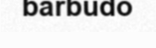
barbudo